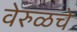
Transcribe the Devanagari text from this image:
वेरुळचे